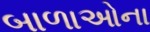
બાળાઓના